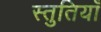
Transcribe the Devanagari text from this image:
स्‍तुतियाँ